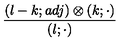
{ \frac { ( l - k ; a d j ) \otimes ( k ; \cdot ) } { ( l ; \cdot ) } }